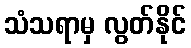
သံသရာမှ လွတ်နိုင်